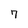
Character: 7